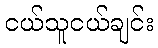
ငယ်သူငယ်ချင်း